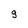
Character: 9